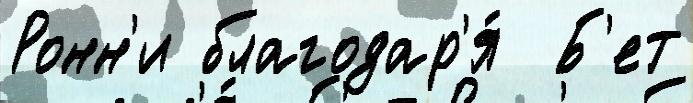
Ронн'и благодар'я́  Б'ет